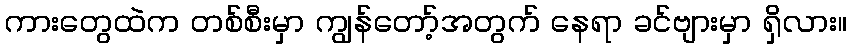
ကားတွေထဲက တစ်စီးမှာ ကျွန်တော့်အတွက် နေရာ ခင်ဗျားမှာ ရှိလား။